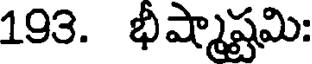
193. భీష్మాష్టమి: